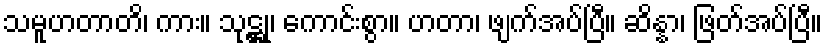
သမူဟတာတိ၊ ကား။ သုဋ္ဌု၊ ကောင်းစွာ။ ဟတာ၊ ဖျက်အပ်ပြီ။ ဆိန္နာ၊ ဖြတ်အပ်ပြီ။